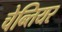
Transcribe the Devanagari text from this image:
चेन्तियर